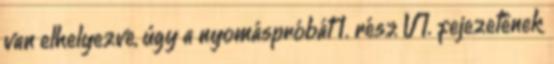
van elhelyezve, úgy a nyomáspróbát 1. rész VI. fejezetének